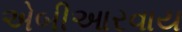
એબીઆરવાય